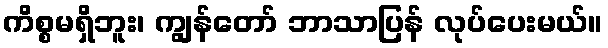
ကိစ္စမရှိဘူး၊ ကျွန်တော် ဘာသာပြန် လုပ်ပေးမယ်။